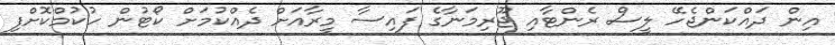
އިން ދައްކަންޖެހޭ ލީސް ރެންޓާއި ޖޫރިމަނާގެ ފައިސާ މީރާއަށް ދެއްކުމަށް ކޯޓުން ހުކުމްކޮށްފި